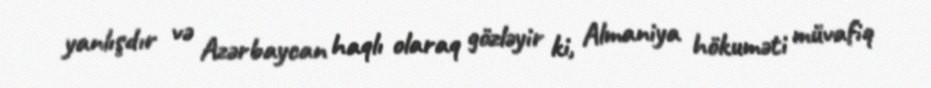
yanlışdır və Azərbaycan haqlı olaraq gözləyir ki, Almaniya hökuməti müvafiq